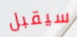
سيقبل